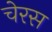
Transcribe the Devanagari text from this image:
चेरस